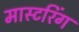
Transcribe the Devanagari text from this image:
मास्‍टरिंग